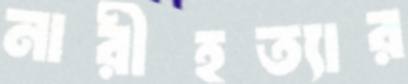
নারীহত্যার